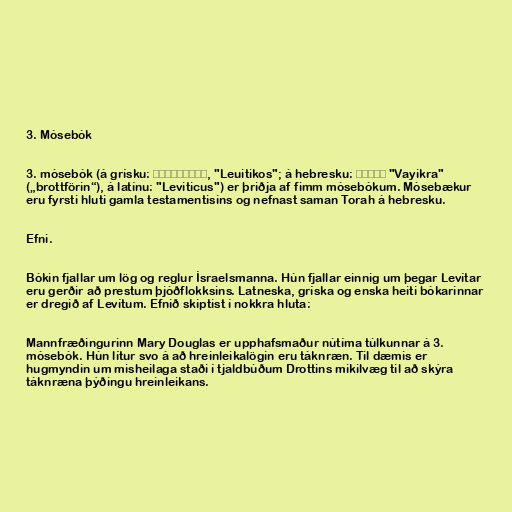
3. Mósebók

3. mósebók (á grísku: Λευιτικός, "Leuitikos"; á hebresku: ויקרא "Vayikra"
(„brottförin“), á latínu: "Leviticus") er þriðja af fimm mósebókum. Mósebækur
eru fyrsti hluti gamla testamentisins og nefnast saman Torah á hebresku.

Efni.

Bókin fjallar um lög og reglur Ísraelsmanna. Hún fjallar einnig um þegar Levítar
eru gerðir að prestum þjóðflokksins. Latneska, gríska og enska heiti bókarinnar
er dregið af Levítum. Efnið skiptist í nokkra hluta:

Mannfræðingurinn Mary Douglas er upphafsmaður nútíma túlkunnar á 3.
mósebók. Hún lítur svo á að hreinleikalögin eru táknræn. Til dæmis er
hugmyndin um misheilaga staði í tjaldbúðum Drottins mikilvæg til að skýra
táknræna þýðingu hreinleikans.